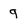
Character: 9